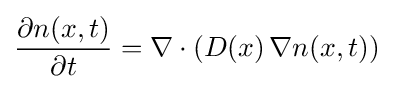
{\frac {\partial n(x,t)}{\partial t}}=\nabla \cdot (D(x)\,\nabla n(x,t))